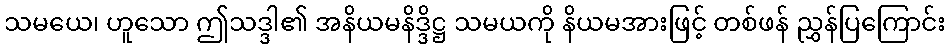
သမယေ၊ ဟူသော ဤသဒ္ဒါ၏ အနိယမနိဒ္ဒိဋ္ဌ သမယကို နိယမအားဖြင့် တစ်ဖန် ညွှန်ပြကြောင်း